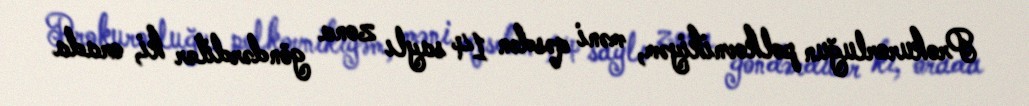
Prokurorluğun polkovnikiyəm, məni qəsdən 14 saylı zona göndərdilər ki, orada